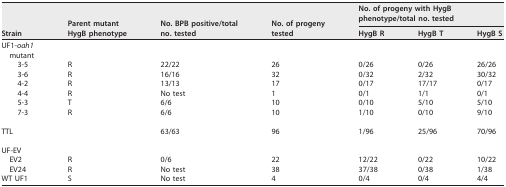
<table><thead><tr><td rowspan="2"><b>Strain</b></td><td rowspan="2"><b>Parent mutantHygB phenotype</b></td><td rowspan="2"><b>No. BPB positive/totalno. tested</b></td><td rowspan="2"><b>No. of progenytested</b></td><td colspan="3"><b>No. of progeny with HygB phenotype/total no. tested</b></td></tr><tr><td><b>HygB R</b></td><td><b>HygB T</b></td><td><b>HygB S</b></td></tr></thead><tbody><tr><td>UF1-<i>oah1</i>mutant</td><td>[EMPTY_CELL]</td><td>[EMPTY_CELL]</td><td>[EMPTY_CELL]</td><td>[EMPTY_CELL]</td><td>[EMPTY_CELL]</td><td>[EMPTY_CELL]</td></tr><tr><td>3-5</td><td>R</td><td>22/22</td><td>26</td><td>0/26</td><td>0/26</td><td>26/26</td></tr><tr><td>3-6</td><td>R</td><td>16/16</td><td>32</td><td>0/32</td><td>2/32</td><td>30/32</td></tr><tr><td>4-2</td><td>R</td><td>13/13</td><td>17</td><td>0/17</td><td>17/17</td><td>0/17</td></tr><tr><td>4-4</td><td>R</td><td>No test</td><td>1</td><td>0/1</td><td>1/1</td><td>0/1</td></tr><tr><td>5-3</td><td>T</td><td>6/6</td><td>10</td><td>0/10</td><td>5/10</td><td>5/10</td></tr><tr><td>7-3</td><td>R</td><td>6/6</td><td>10</td><td>1/10</td><td>0/10</td><td>9/10</td></tr><tr><td>TTL</td><td>[EMPTY_CELL]</td><td>63/63</td><td>96</td><td>1/96</td><td>25/96</td><td>70/96</td></tr><tr><td>UF-EV</td><td>[EMPTY_CELL]</td><td>[EMPTY_CELL]</td><td>[EMPTY_CELL]</td><td>[EMPTY_CELL]</td><td>[EMPTY_CELL]</td><td>[EMPTY_CELL]</td></tr><tr><td>EV2</td><td>R</td><td>0/6</td><td>22</td><td>12/22</td><td>0/22</td><td>10/22</td></tr><tr><td>EV24</td><td>R</td><td>No test</td><td>38</td><td>37/38</td><td>0/38</td><td>1/38</td></tr><tr><td>WT UF1</td><td>S</td><td>No test</td><td>4</td><td>0/4</td><td>0/4</td><td>4/4</td></tr></tbody></table>